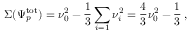
\Sigma ( \Psi _ { p } ^ { \mathrm { t o t } } ) = \nu _ { 0 } ^ { 2 } - \frac { 1 } { 3 } \sum _ { i = 1 } \nu _ { i } ^ { 2 } = \frac { 4 } { 3 } \nu _ { 0 } ^ { 2 } - \frac { 1 } { 3 } \: ,